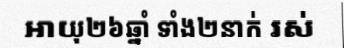
អាយុ២៦ឆ្នាំ ទាំង២នាក់ រស់